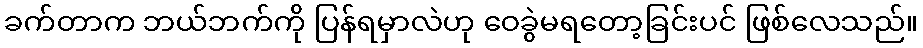
ခက်တာက ဘယ်ဘက်ကို ပြန်ရမှာလဲဟု ဝေခွဲမရတော့ခြင်းပင် ဖြစ်လေသည်။